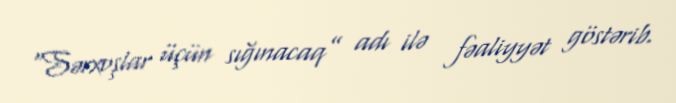
“Sərxoşlar üçün sığınacaq” adı ilə fəaliyyət göstərib.